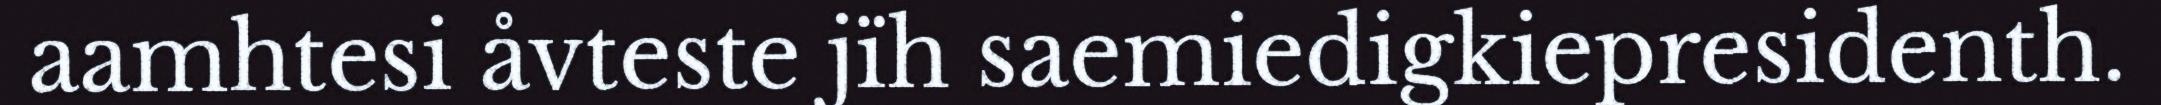
aamhtesi åvteste jïh saemiedigkiepresidenth.